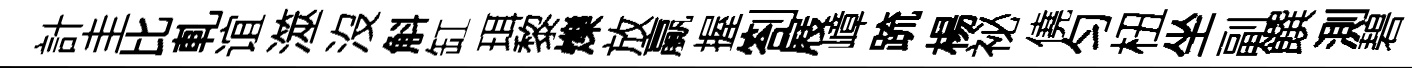
計圭比軋谊澨沒斛缸珥黎爍放贏握劄屐嶂䟽楊祕僥匀杻坐副饌測碧